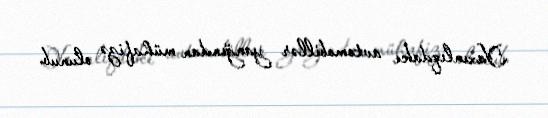
Yaxınlıqdakı avtomobillər yanğından mühafizə olunub.